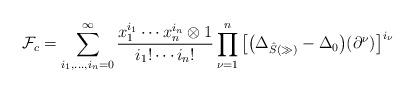
LaTeX: \begin{align*}\mathcal{F}_c = \sum_{i_1,\dots,i_n = 0}^\infty \frac{x_1^{i_1}\cdots x_n^{i_n}\otimes 1}{i_1!\cdots i_n!}\prod_{\nu = 1}^n\big[\big(\Delta_{\hat{S}(\gg)} - \Delta_0\big)(\partial^\nu)\big]^{i_\nu}\end{align*}